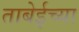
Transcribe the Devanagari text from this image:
ताबेईच्या